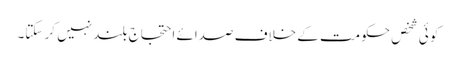
کو ئی شخص حکومت کے خلاف صدائے احتجاج بلند نہیں کر سکتا۔